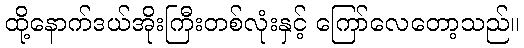
ထို့နောက်ဒယ်အိုးကြီးတစ်လုံးနှင့် ကြော်လေတော့သည်။